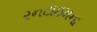
રનટાઇમના